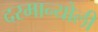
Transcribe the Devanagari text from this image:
दरमान्योली